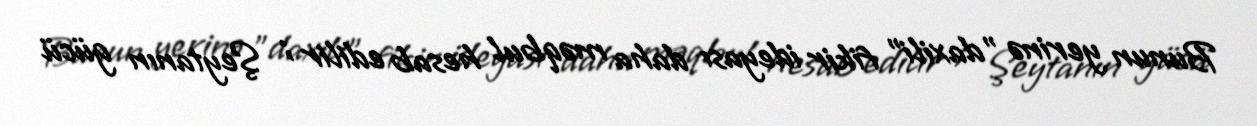
Bunun yerinə "daxili" fikir ideyası daha məqbul hesab edilir ; Şeytanın gücü